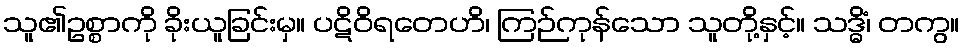
သူ၏ဥစ္စာကို ခိုးယူခြင်းမှ။ ပဋိဝိရတေဟိ၊ ကြဉ်ကုန်သော သူတို့နှင့်။ သဒ္ဓိံ၊ တကွ။